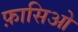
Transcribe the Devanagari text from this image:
फ़ासिओ